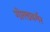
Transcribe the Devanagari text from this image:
गोल्डबर्गर